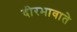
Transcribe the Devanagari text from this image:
दीरभावाते